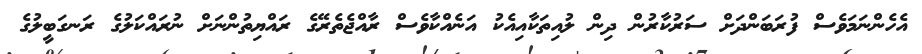
އެހެންނަމަވެސް ފުރަބަންދަށް ސަރުކާރުން ދިން ލުއިތަކާއިއެކު އަނެއްކާވެސް ރާއްޖެތެރޭގެ ރައްޔިތުންނަށް ނުރައްކަލުގެ ރަނގަބީލުގެ